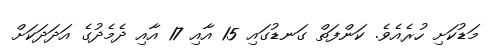
މަޑުކަށި ހުރެއެވެ. ކަންފަތް ގަނޑުގައި 15 އާއި 17 އާއި ދެމެދުގެ އަދަދަކަށް